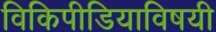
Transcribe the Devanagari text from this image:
विकिपीडियाविषयी